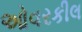
ઓવરકીલ